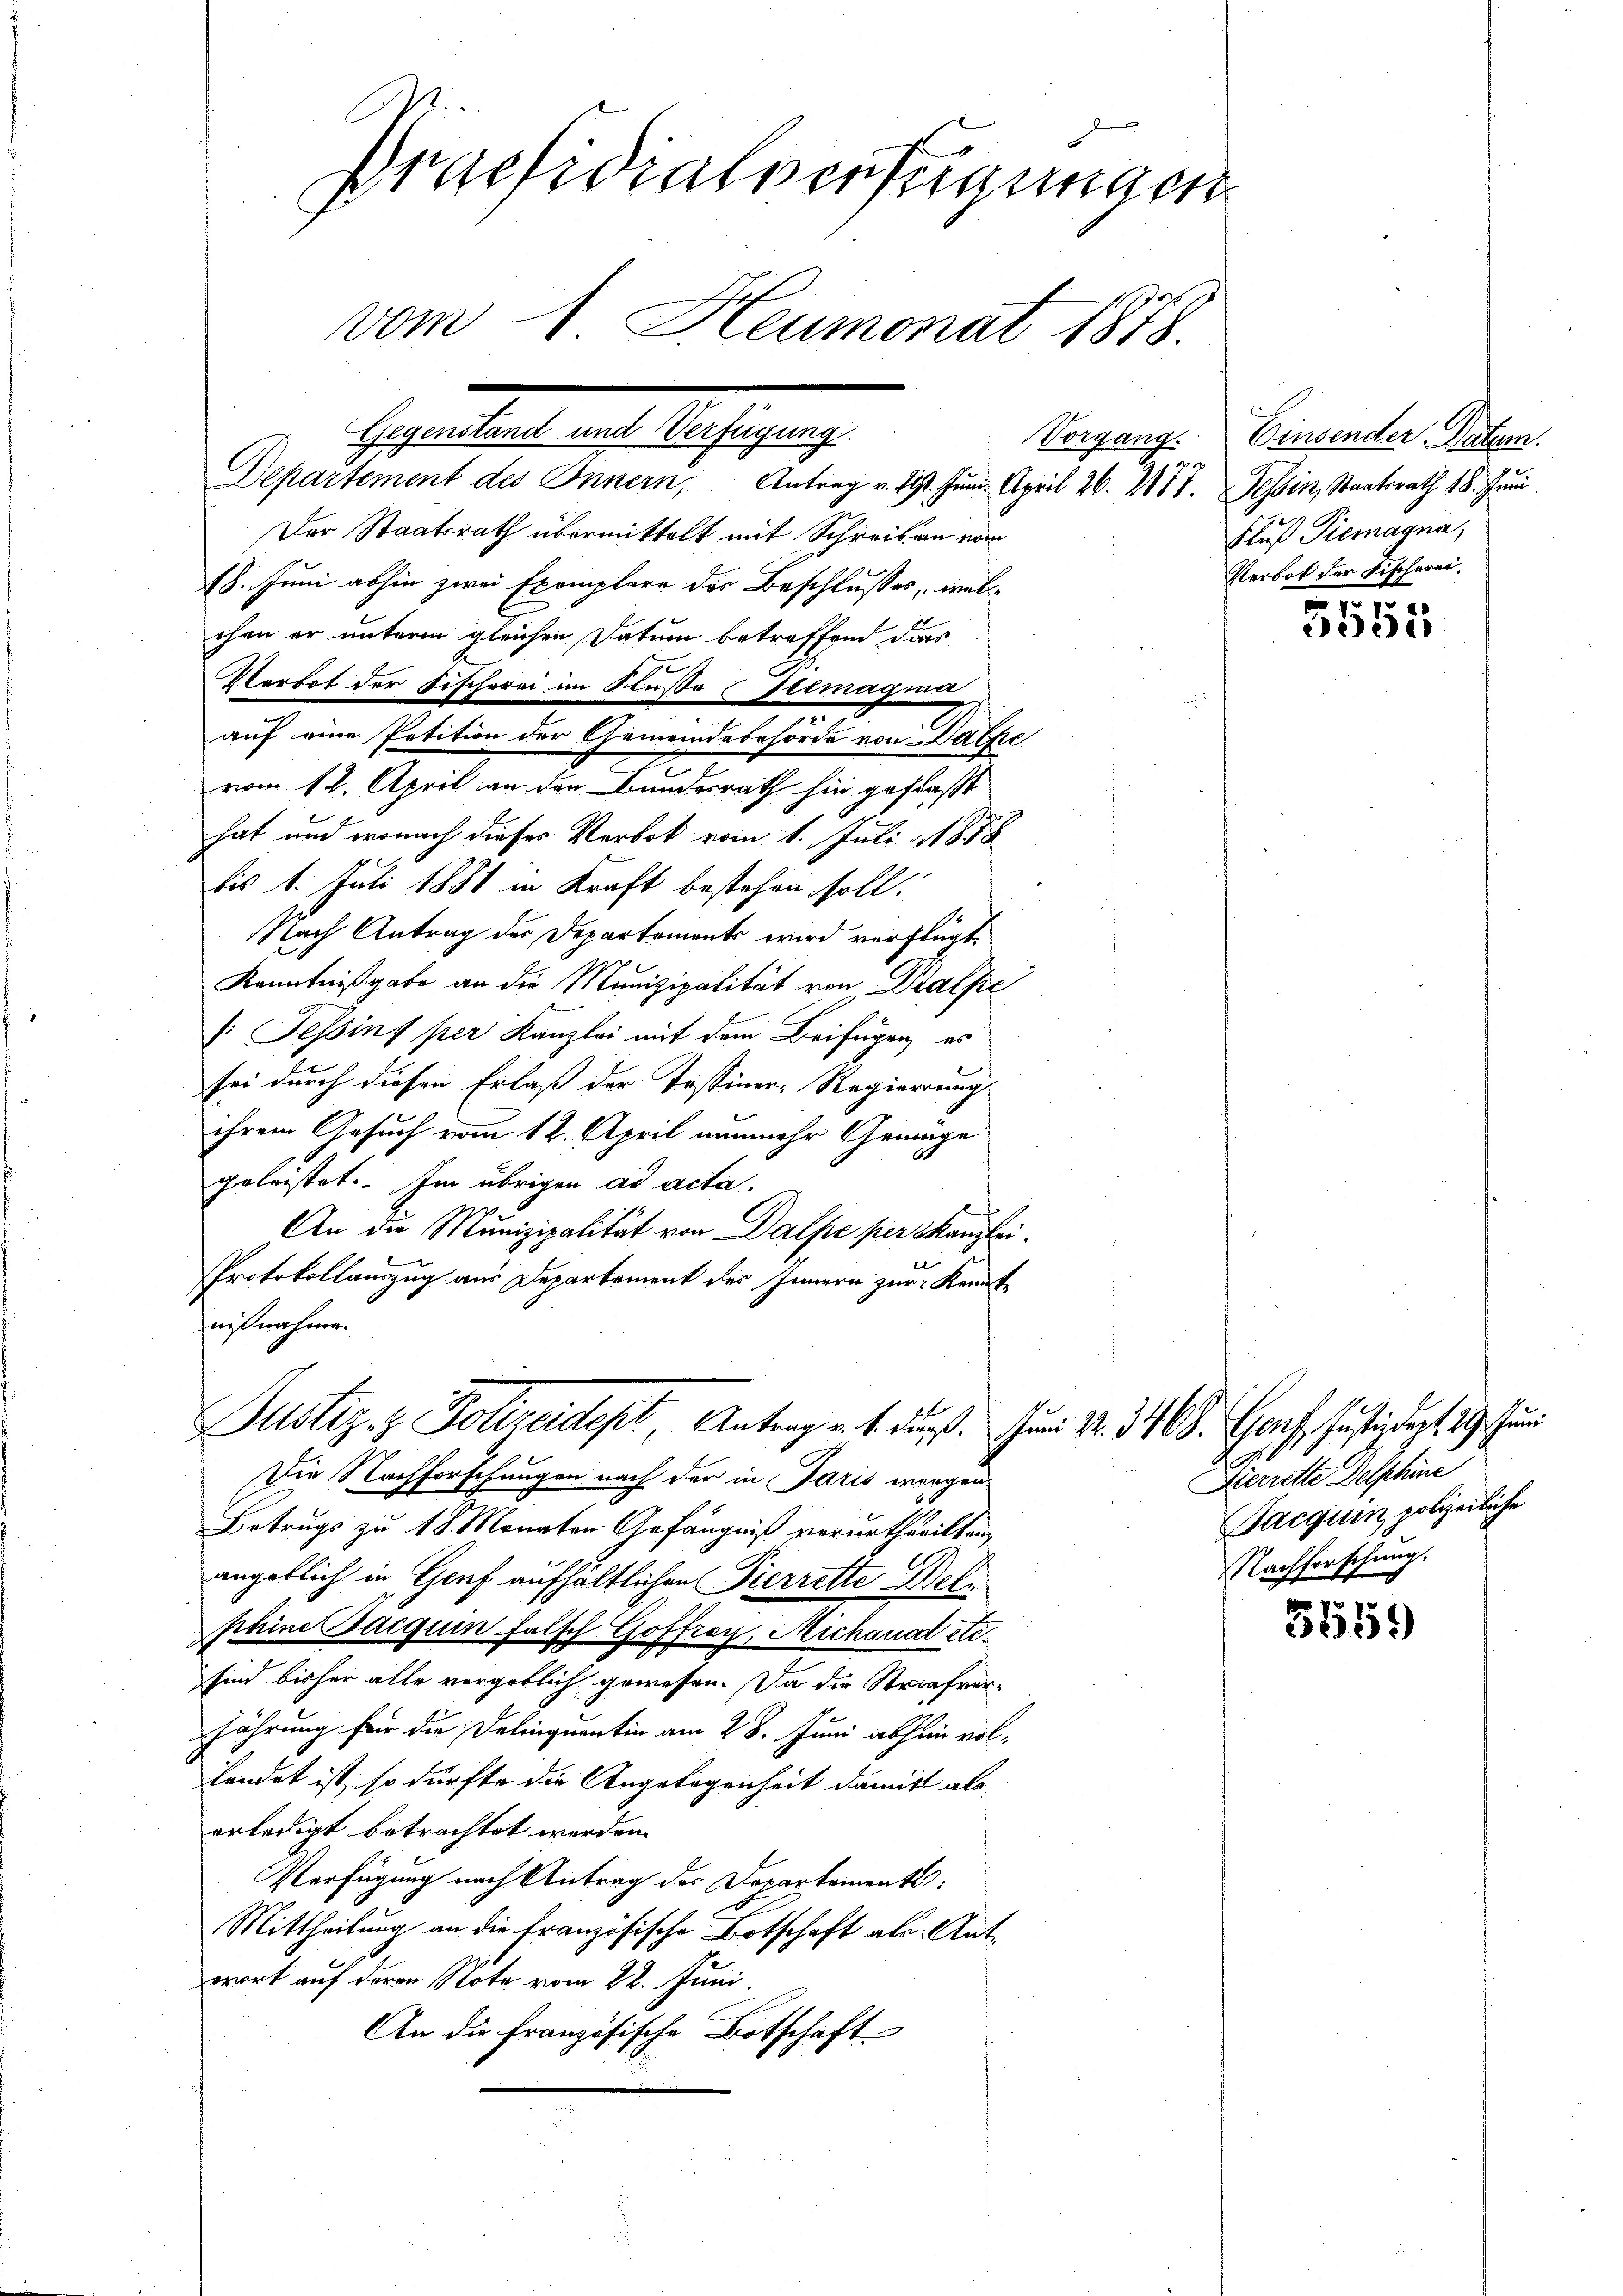
Praesidialverfügungen
vom 1. Heumonat 1878.
b
Gegenstand und Verfügung.
Herr
Departement des Innern, Antrag v. 29. Juni. April 26. 288. Tessin, Staatsrath 18. Juni.
Der Staatsrath übermittelt mit Schreiben vom

18. Juni abhin zwei Exemplare des Beschlusses, welchen er unterm gleichen Datum betreffend dass
Verbot der Fischerei im Fluße Gremagina
auf eine Petition der Gemeindebehörde von Dalpe
vom 12. April an den Bundesrath hin gefaßt
hat und wonach dieses Verbot vom 1. Juli 1878
bis 1. Juli 1881 in Kraft bestehen soll.
Nach Antrag der Departements wird verfügt.
Kenntnißgabe an die Munizipalität von Dralpe
: Tessins per Kanzlei mit dem Beifügen, es
sei durch diesen Erlaß der Tessiner-Regierung
ihrem Gesuch vom 12. April nunmehr Genüge
geleistet. Im übrigen ad acta.
An die Munizipalität von Dalpe per Kanzlei¬
Protokollauszug aus Departement des Innern zur Kenntnißnahme.

Die Nachforschungen nach der in Paris wegen
Betrugs zu 18. Monaten Gefängniß verurtheilten,
angeblich in Genf aufhältlichen Pierrette Delphine Jacquin falsch Goffrey, Michaud etc.
sind bisher alle vergeblich gewesen. Da die Strafverjährung für die Delinquatin am 28. Juni abhin vollendet ist, so dürfte die Angelegenheit damit als
erledigt betrachtet werden.
Verfügung nach Antrag des Departements:
Mittheilung an die französische Botschaft als Antwort auf deren Note vom 22. Juni.
An die französische Botschaft

Justiz- & Polizeidept. Antrag u. s. dr. Fr. 30. Justiget

Vorgang. Einsender Datum.
Fluß Tiemagna,
Verbot der Fischerei¬

3558

Pierrette Delphine
Jacquin polizeiliche
Nachforschung.

3559